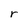
Character: r